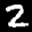
Label: 2